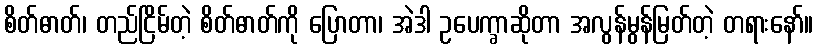
စိတ်ဓာတ်၊ တည်ငြိမ်တဲ့ စိတ်ဓာတ်ကို ပြောတာ၊ အဲဒါ ဥပေက္ခာဆိုတာ အလွန်မွန်မြတ်တဲ့ တရားနော်။